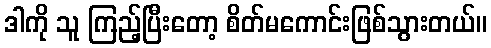
ဒါကို သူ ကြည့်ပြီးတော့ စိတ်မကောင်းဖြစ်သွားတယ်။